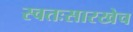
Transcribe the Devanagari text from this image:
स्वतःसारखेच